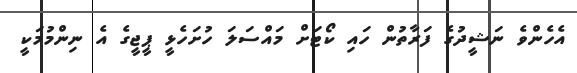
އެހެންވެ ނަޝީދުގެ ފަރާތުން ހައި ކޯޓަށް މައްސަލަ ހުށަހެޅީ ޕީޖީގެ އެ ނިންމުމަކީ